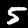
Label: 5